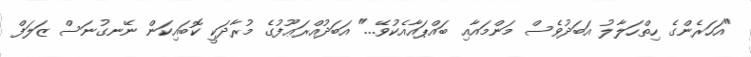
"އަހަރެންގެ ހިތްހަލާލު އަބަދުވެސް މަންމައާއި ބައްޕައާއެކުވޭ..." އަބަދުއްރަޢޫފުގެ މުރާދަކީ ކޮބައިކަން ނޭނގުނަސް ޒަލަފް